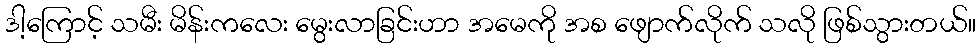
ဒါ့ကြောင့် သမီး မိန်းကလေး မွေးလာခြင်းဟာ အမေကို အစ ဖျောက်လိုက် သလို ဖြစ်သွားတယ်။